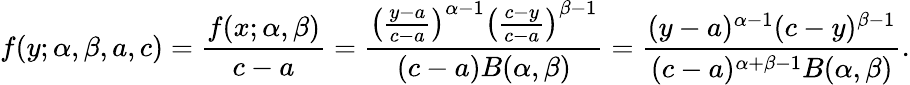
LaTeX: f(y;\alpha,\beta,a,c)={\frac{f(x;\alpha,\beta)}{c-a}}={\frac{\left({\frac{y-a}{c-a}}\right)^{\alpha-1}\left({\frac{c-y}{c-a}}\right)^{\beta-1}}{(c-a)B(\alpha,\beta)}}={\frac{(y-a)^{\alpha-1}(c-y)^{\beta-1}}{(c-a)^{\alpha+\beta-1}B(\alpha,\beta)}}.